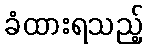
ခံထားရသည့်